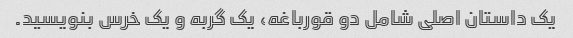
یک داستان اصلی شامل دو قورباغه، یک گربه و یک خرس بنویسید.